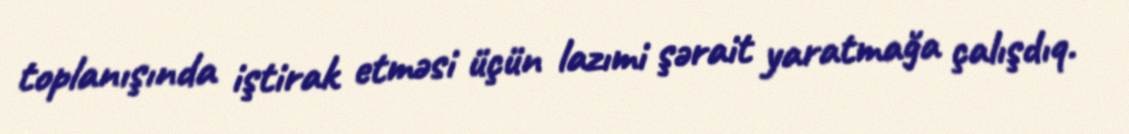
toplanışında iştirak etməsi üçün lazımi şərait yaratmağa çalışdıq.